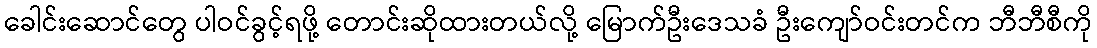
ခေါင်းဆောင်တွေ ပါဝင်ခွင့်ရဖို့ တောင်းဆိုထားတယ်လို့ မြောက်ဦးဒေသခံ ဦးကျော်ဝင်းတင်က ဘီဘီစီကို